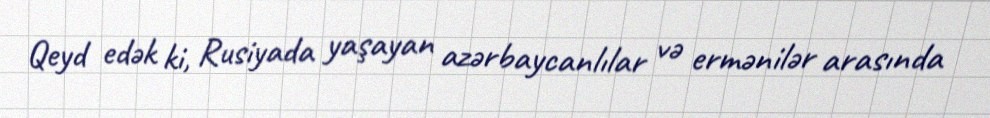
Qeyd edək ki, Rusiyada yaşayan azərbaycanlılar və ermənilər arasında